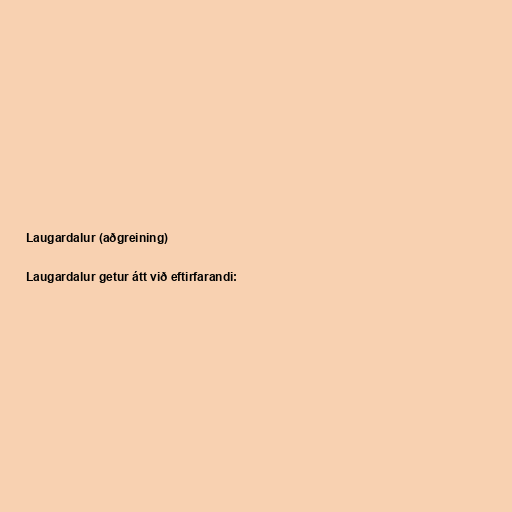
Laugardalur (aðgreining)

Laugardalur getur átt við eftirfarandi: